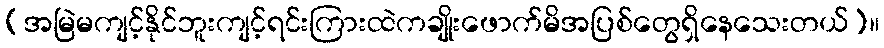
(အမြဲမကျင့်နိုင်ဘူးကျင့်ရင်းကြားထဲကချိုးဖောက်မိအပြစ်တွေရှိနေသေးတယ်)။